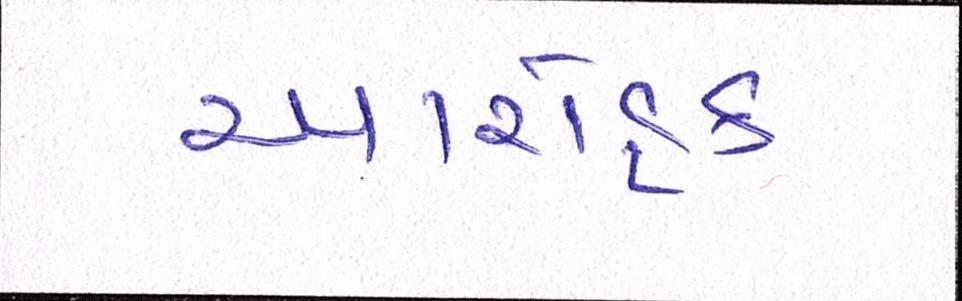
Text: આરોહક